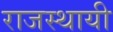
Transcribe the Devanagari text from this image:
राजस्थायी